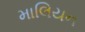
માલિયન